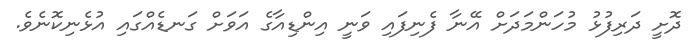
ދޮށީ ދަރިފުޅު މުހަންމަދަށް އޭނާ ފެނިފައި ވަނީ އިންޑިއާގެ އަވަށް ގަނޑެއްގައި އުޅެނިކޮނެވެ.